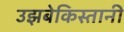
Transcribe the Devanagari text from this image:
उझबेकिस्तानी